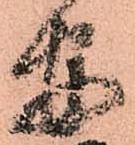
安